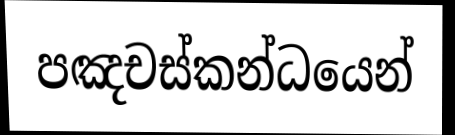
පඤචස්කන්ධයෙන්